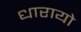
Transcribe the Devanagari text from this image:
धारायो